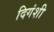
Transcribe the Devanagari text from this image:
दिगंशी